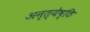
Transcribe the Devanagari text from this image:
अन्त्येष्ठि